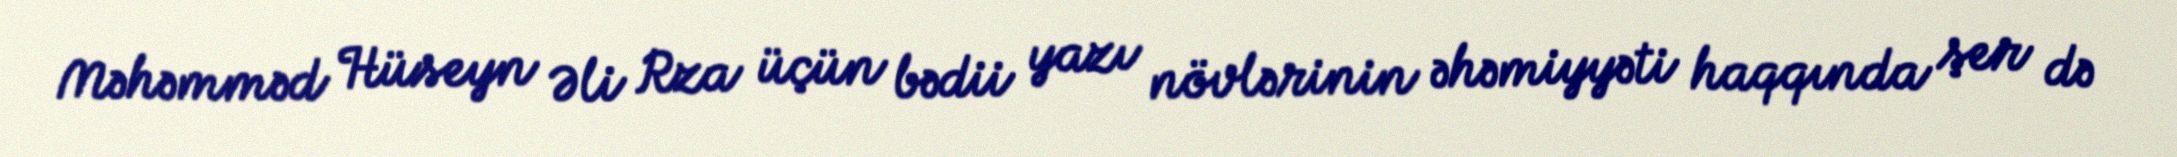
Məhəmməd Hüseyn Əli Rza üçün bədii yazı növlərinin əhəmiyyəti haqqında şer də